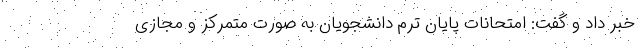
خبر داد و گفت: امتحانات پایان ترم دانشجویان به صورت متمرکز و مجازی